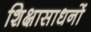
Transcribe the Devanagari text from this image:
शिक्षासाधनों